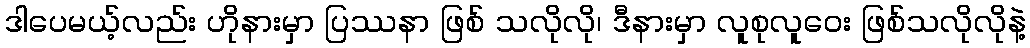
ဒါပေမယ့်လည်း ဟိုနားမှာ ပြဿနာ ဖြစ် သလိုလို၊ ဒီနားမှာ လူစုလူဝေး ဖြစ်သလိုလိုနဲ့